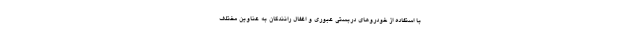
با استفاده از خودروهای دربستی عبوری و اغفال رانندگان به عناوین مختلف